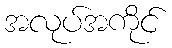
အလုပ်အကိုင်